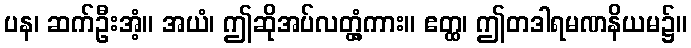
ပန၊ ဆက်ဦးအံ့။ အယံ၊ ဤဆိုအပ်လတ္တံ့ကား။ ဧတ္ထ၊ ဤတဒါရမဏနိယမ၌။